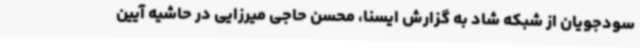
سودجویان از شبکه شاد به گزارش ایسنا، محسن حاجی میرزایی در حاشیه آیین